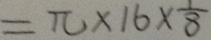
= \pi \times 1 6 \times \frac { 1 } { 8 }